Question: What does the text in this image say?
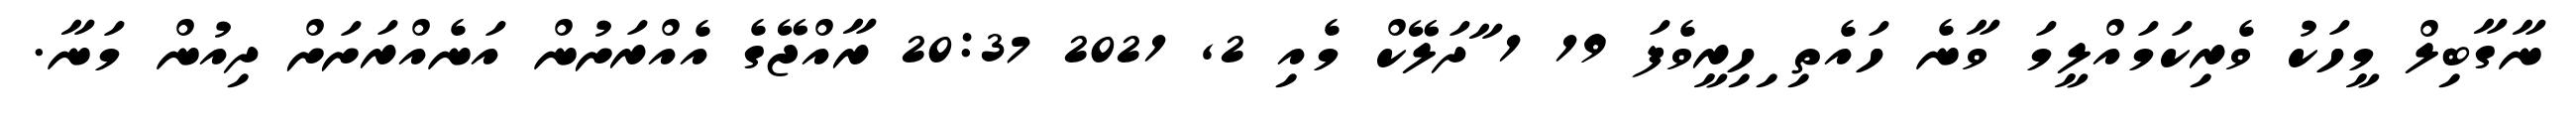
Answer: ނާގާބިލް މީހަކު ވެރިކަމައްލީމަ ވާނެ ހައެތި ިހިރީވެފަ 19 1 ާދަލޭކް މެއި 2, 2021 20:37 ރާއްޖޭގެ އެއްރަށުން އަނެއްރަށަށް ދިއުން މަނާ.